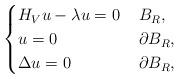
LaTeX: \begin{align*}\begin{cases}H_V u - \lambda u=0 &\, B_R,\\u = 0 &\, \partial B_R,\\\Delta u = 0 &\, \partial B_R,\end{cases}\end{align*}